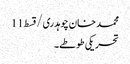
محمد خان چوہدری/قسط11
تحریکی طوطے۔